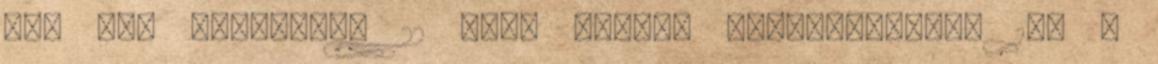
3,8 kW, Zajszint: 22 dBA, Fűtési teljesítmény: 1,3 -